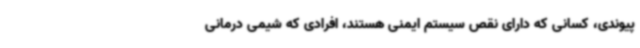
پیوندی، کسانی که دارای نقص سیستم ایمنی هستند، افرادی که شیمی درمانی